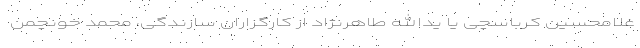
غلامحسین کرباسچی یا یدالله طاهر‌نژاد از کارگزاران سازندگی، محمد خونچمن